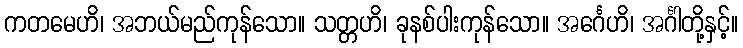
ကတမေဟိ၊ အဘယ်မည်ကုန်သော။ သတ္တဟိ၊ ခုနစ်ပါးကုန်သော။ အင်္ဂေဟိ၊ အင်္ဂါတို့နှင့်။